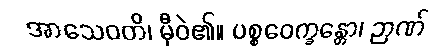
အာသေဝတိ၊ မှီဝဲ၏။ ပစ္စဝေက္ခန္တော၊ ဉာဏ်